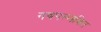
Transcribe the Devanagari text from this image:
नवपल्लवित